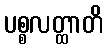
ပစ္စလတ္ထာတိ